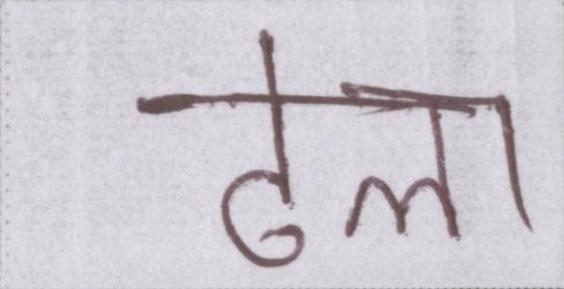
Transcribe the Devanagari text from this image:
ढेला